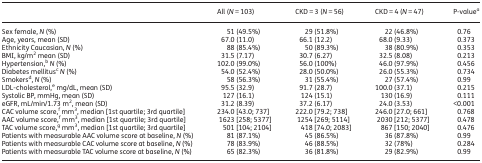
<table><thead><tr><td></td><td><b>All (<i>N</i> = 103)</b></td><td><b>CKD = 3 (<i>N</i> = 56)</b></td><td><b>CKD = 4 (<i>N</i> = 47)</b></td><td><b>P-value<sup>a</sup></b></td></tr></thead><tbody><tr><td>Sex female, <i>N</i> (%)</td><td>51 (49.5%)</td><td>29 (51.8%)</td><td>22 (46.8%)</td><td>0.76</td></tr><tr><td>Age, years, mean (SD)</td><td>67.0 (11.0)</td><td>66.1 (12.2)</td><td>68.0 (9.33)</td><td>0.373</td></tr><tr><td>Ethnicity Caucasian, <i>N</i> (%)</td><td>88 (85.4%)</td><td>50 (89.3%)</td><td>38 (80.9%)</td><td>0.353</td></tr><tr><td>BMI, kg/m<sup>2</sup> mean (SD)</td><td>31.5 (7.17)</td><td>30.7 (6.27)</td><td>32.5 (8.08)</td><td>0.213</td></tr><tr><td>Hypertension,<sup>b</sup><i>N</i> (%)</td><td>102.0 (99.0%)</td><td>56.0 (100%)</td><td>46.0 (97.9%)</td><td>0.456</td></tr><tr><td>Diabetes mellitus<sup>c</sup><i>N</i> (%)</td><td>54.0 (52.4%)</td><td>28.0 (50.0%)</td><td>26.0 (55.3%)</td><td>0.734</td></tr><tr><td>Smokers<sup>d</sup>, <i>N</i> (%)</td><td>58 (56.3%)</td><td>31 (55.4%)</td><td>27 (57.4%)</td><td>0.99</td></tr><tr><td>LDL-cholesterol,<sup>e</sup> mg/dL, mean (SD)</td><td>95.5 (32.9)</td><td>91.7 (28.7)</td><td>100.0 (37.1)</td><td>0.215</td></tr><tr><td>Systolic BP, mmHg, mean (SD)</td><td>127 (16.1)</td><td>124 (15.1)</td><td>130 (16.9)</td><td>0.111</td></tr><tr><td>eGFR, mL/min/1.73 m<sup>2</sup>, mean (SD)</td><td>31.2 (8.39)</td><td>37.2 (6.17)</td><td>24.0 (3.53)</td><td>&lt;0.001</td></tr><tr><td>CAC volume score,<sup>f</sup> mm<sup>3</sup>, median [1st quartile; 3rd quartile]</td><td>234.0 [43.0; 737]</td><td>222.0 [79.2; 738]</td><td>246.0 [27.0; 661]</td><td>0.768</td></tr><tr><td>AAC volume score,<sup>f</sup> mm<sup>3</sup>, median [1st quartile; 3rd quartile]</td><td>1623 [258; 5377]</td><td>1254 [269; 5114]</td><td>2030 [212; 5377]</td><td>0.478</td></tr><tr><td>TAC volume score,<sup>g</sup> mm<sup>3</sup>, median [1st quartile; 3rd quartile]</td><td>501 [104; 2104]</td><td>418 [74.0; 2083]</td><td>867 [150; 2040]</td><td>0.476</td></tr><tr><td>Patients with measurable AAC volume score at baseline, <i>N</i> (%)</td><td>81 (87.1%)</td><td>45 (86.5%)</td><td>36 (87.8%)</td><td>0.99</td></tr><tr><td>Patients with measurable CAC volume score at baseline, <i>N</i> (%)</td><td>78 (83.9%)</td><td>46 (88.5%)</td><td>32 (78%)</td><td>0.284</td></tr><tr><td>Patients with measurable TAC volume score at baseline, <i>N</i> (%)</td><td>65 (82.3%)</td><td>36 (81.8%)</td><td>29 (82.9%)</td><td>0.99</td></tr></tbody></table>